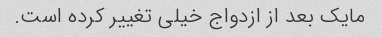
مایک بعد از ازدواج خیلی تغییر کرده است.